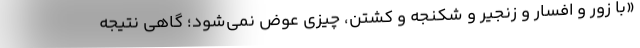
«با زور و افسار و زنجیر و شکنجه و کشتن، چیزی عوض نمی‌شود؛ گاهی نتیجه